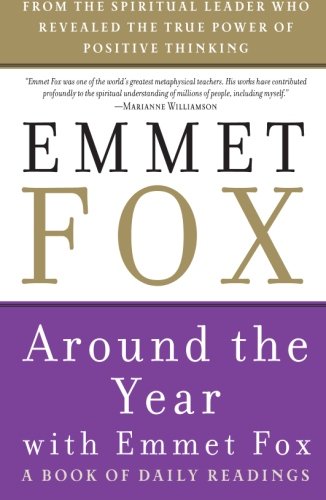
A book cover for Around the Year with Emmet Fox: A Book of Daily Readings; Emmet Fox; Christian Books & Bibles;